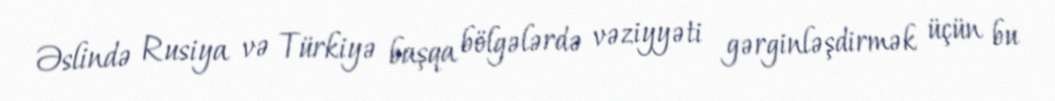
Əslində Rusiya və Türkiyə başqa bölgələrdə vəziyyəti gərginləşdirmək üçün bu